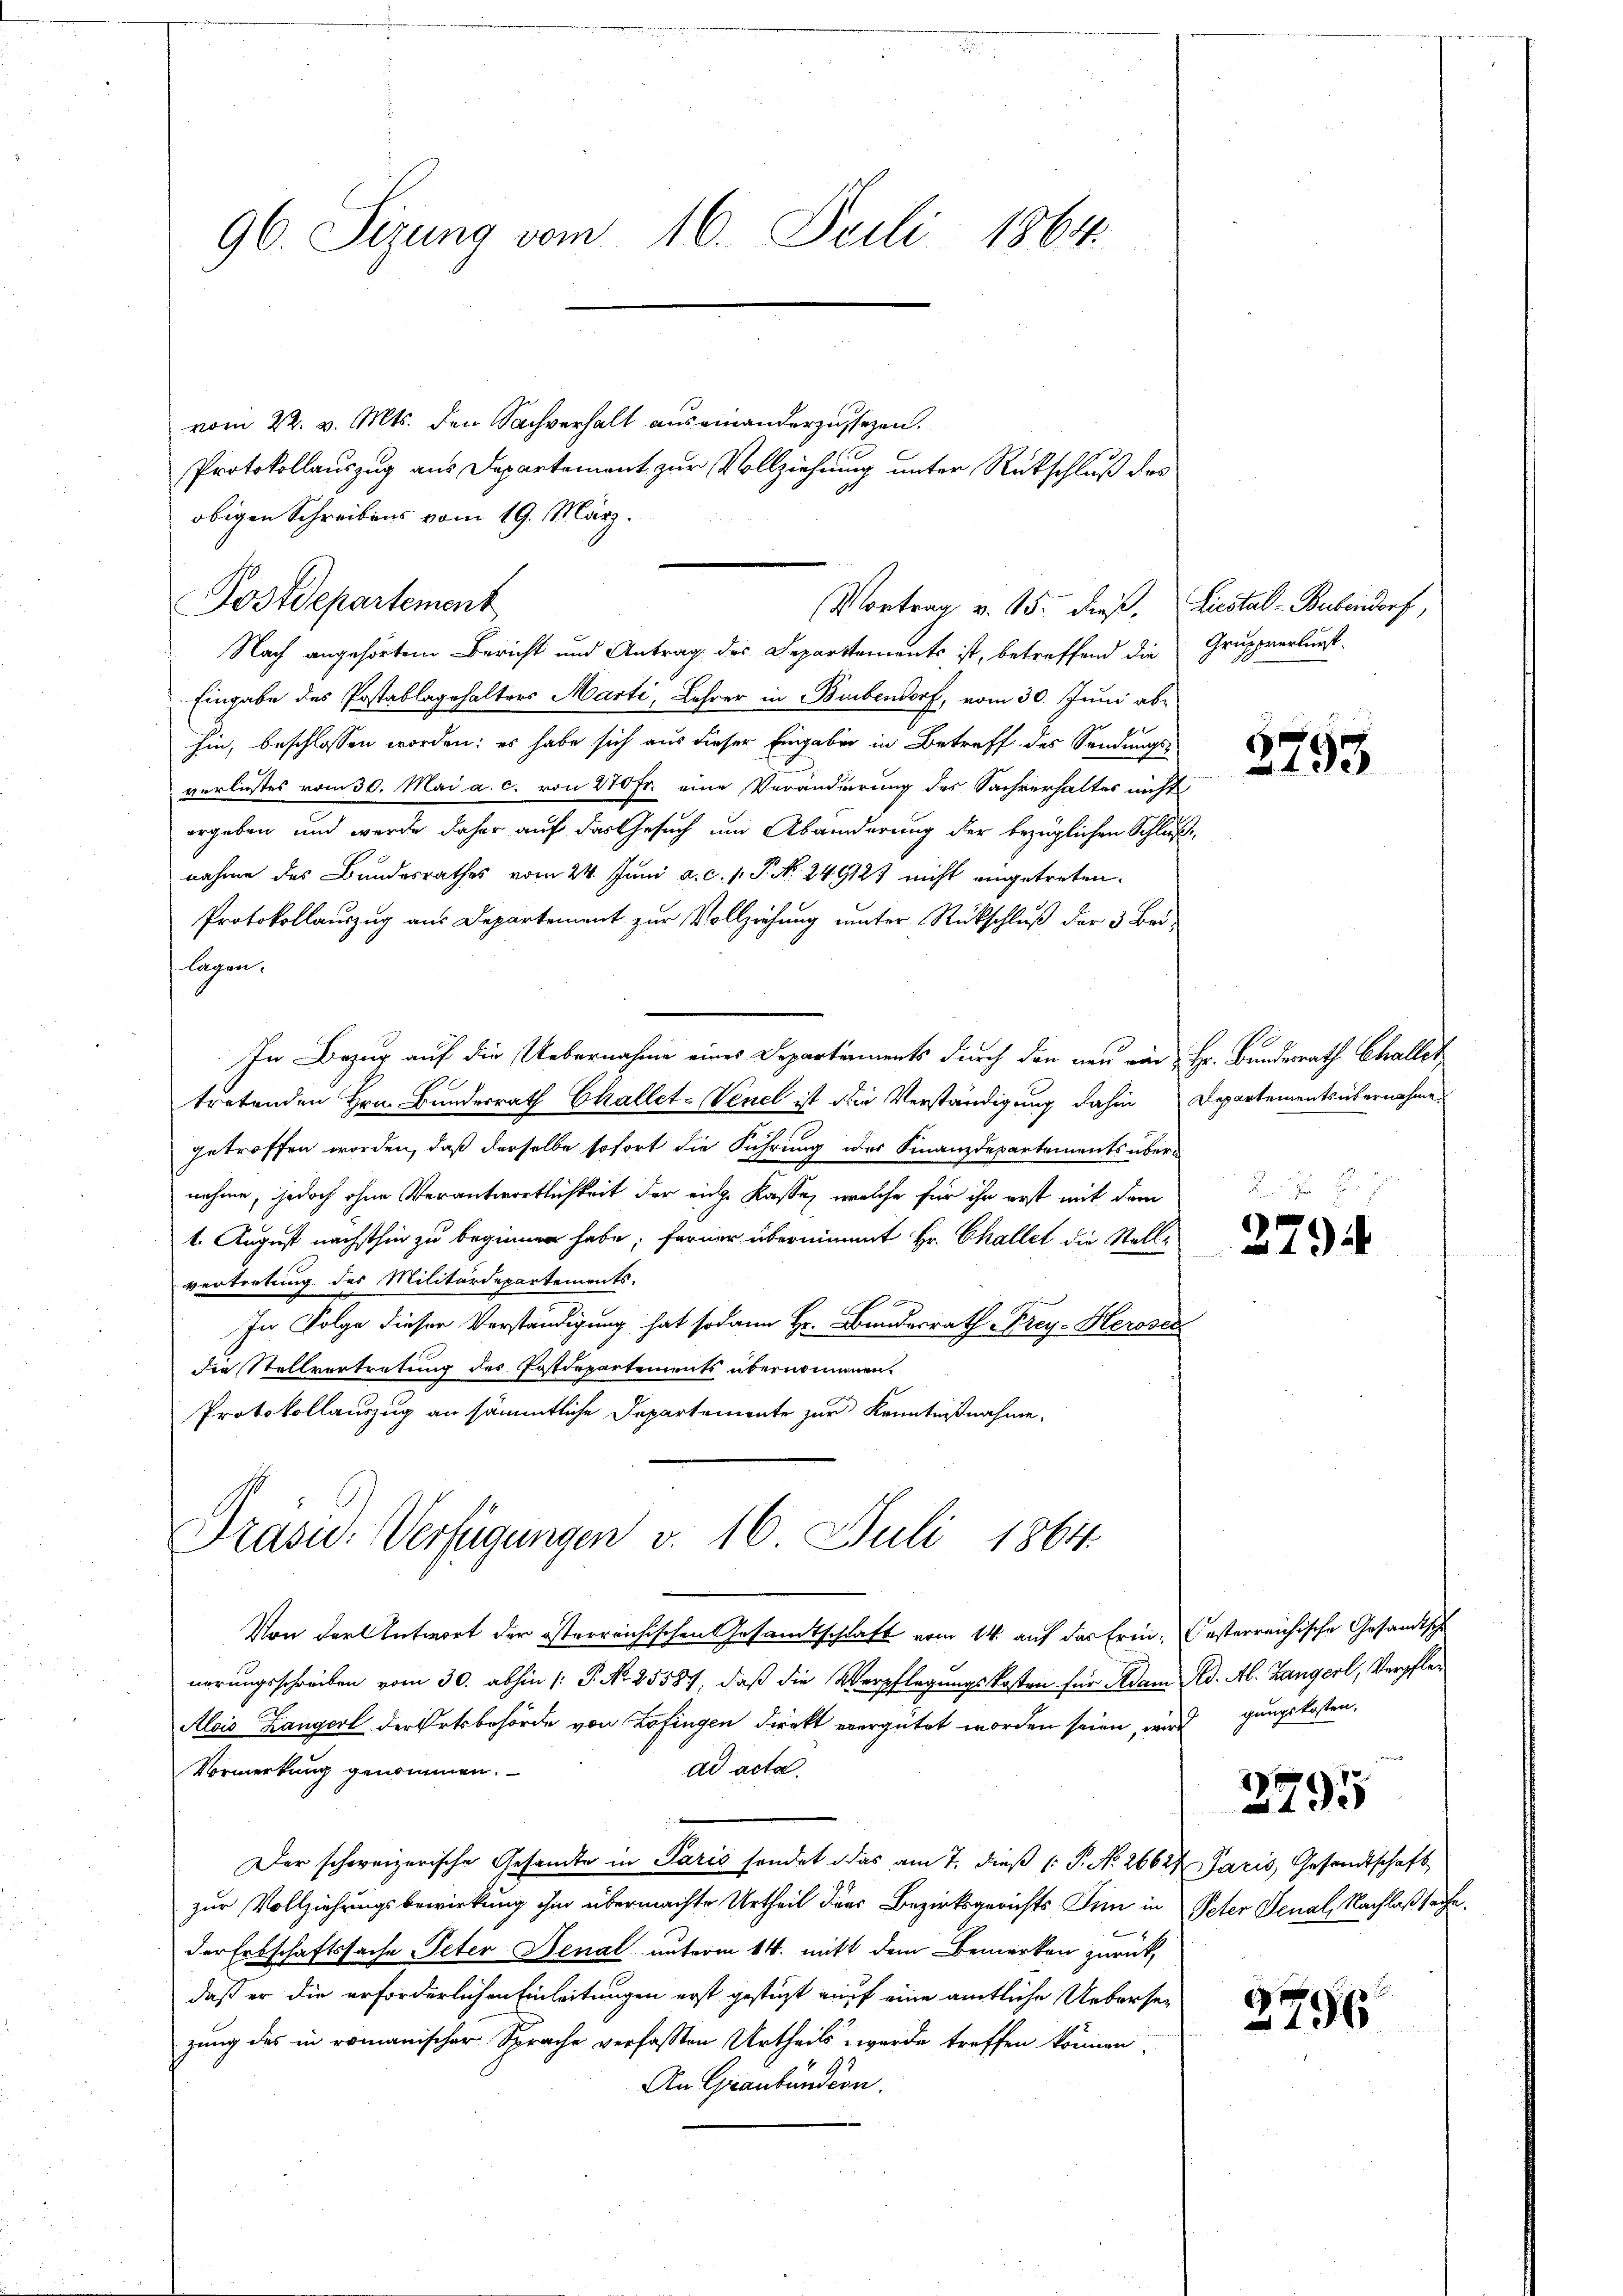
96. Sizung vom 16. Juli 1864.

vom 22. v. Mts. den Sachverhalt auseinanderzussezen.
Protokollauszug aus Departement zur Vollziehung unter Rückschluß des
obigen Schreibens vom 19. März.
Nach angehörten Bericht und Antrag des Departements ist, betreffend die Gruppverlurst
Eingabe des Postablagehalters Marti, Lehrer in Bubendorf, vom 30. Juni abhin, beschlossen worden; es habe sich aus dieser Eingaben in Betreff des Sendungs-
verliestes vom 30. Mai a. c. von 270 Fr. eine Veränderung des Sachverhaltes nicht
ergeben und werde daher auf das Gesuch um Abänderung der bezüglichen Schluße
nahme des Bundesrathes vom 24. Juni a. c. s. S. No. 249127 nicht eingetreten.
Protokollauszug aus Departement zur Vollziehung unter Rückschluß der 3 Beilagen.
In Bezug auf die Uebernahme eines Departaments durch den neu von Hr. Bundesrath Challet
tretenden Hrn. Bundesrath Challet-Venel ist die Verständigung dahin Departements übernahme
getroffen worden, daß derselbe sofort die Führung der Finanzdepartements übernehme, jedoch ohne Verantwortlichkeit der eine Kasse, welche für ihr erst mit dem
.
1. August nächsthin zu beginnen habe; ferner übernimmt Hr. Challet die Stellvertretung des Militärdepartements-
n
In Folge dieser Verständigung hat sodann Hr. Bundesrath Frey-Herosec
die Stellvertretung des Postdepartements übernommen.
Protokollauszug an sämmtliche Departemente zur Kenntnißnahme.
Drasu. Verfügungen v. 16. Juli 1864.
Von der Antwort der österreichischen Gesamtschaft vom 14. auf das Erin- Gesterreichische Gesandtsche
nerungsschreiben vom 30. abhin (: P. Nr. 25587, daß die Verpflegungskosten für Adam Ad. Ab. Langerl, Verpfle¬
Alois Langerl der Ortsbehörde von Zofingen direkt vergütet worden seien, wird gungskosten,
Vormerkung genommen.
ad acta.
Der schweizerische Gesandte in Paris sendet das am 7. dieß P. No 26627.
zur Vollziehungsbewirkung ihm übermachte Urtheil die Bezirksgerichts Inn in Peter Senal, Nachlaßsache,
der Erbschaftssache Peter Benal unterm 14. mitt dem Bemerken zurück
daß er die erforderlichen Einleitungen erst gestüzt auf eine amtliche Uebersezung des in romanischer Sprache verfassten Urtheils werde treffen können.
An Graubündion.

Postdepartement

(Vortrag v. 15. dieß, Liestal-Bubendorf,

2793

2794

3795

Jazis, Gesandtschaft

2796